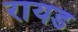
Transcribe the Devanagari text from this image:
रायड